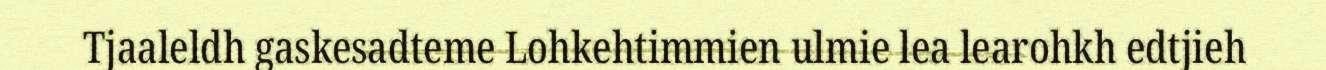
Tjaaleldh gaskesadteme Lohkehtimmien ulmie lea learohkh edtjieh